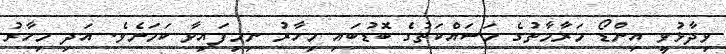
ވިދާޅުވީ އިންޑޯ މަރާމާތުގެ މަސައްކަތުގެ ބޮޑުބައި މިހާރު ނިމިފައިވާ ކަމަށެވެ. އަދި މިހާރު